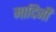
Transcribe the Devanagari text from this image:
मादिनी